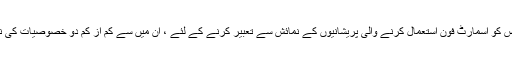
کسی نوجوان شخص کو اسمارٹ فون استعمال کرنے والی پریشانیوں کے نمائش سے تعبیر کرنے کے لئے ، ان میں سے کم از کم دو خصوصیات کی نمائش کرنی پڑی۔